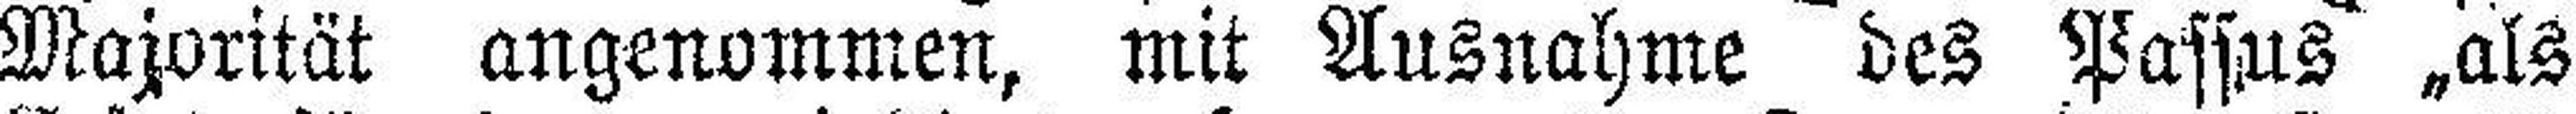
Majorität angenommen, mit Ausnahme des Passus „als